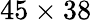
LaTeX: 45\times 38